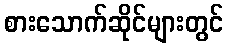
စားသောက်ဆိုင်များတွင်